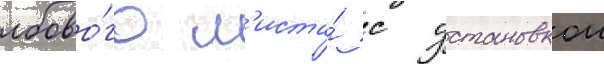
лобово́го л'иста́ с установкои